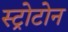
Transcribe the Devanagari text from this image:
स्ट्रोटोन